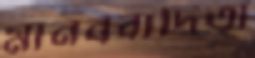
মানববাদিতা